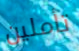
تأملين